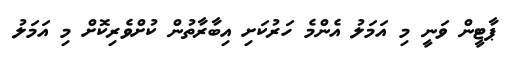
ޕާޓީން ވަނީ މި އަމަލު އެންމެ ހަރުކަށި އިބާރާތުން ކުށްވެރިކޮށް މި އަމަލު